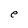
Character: e